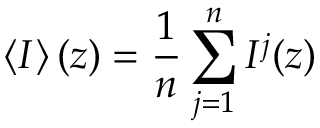
\left< I \right> ( z ) = \frac { 1 } { n } \sum _ { j = 1 } ^ { n } I ^ { j } ( z )